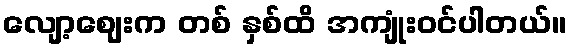
လျော့ဈေးက တစ် နှစ်ထိ အကျုံးဝင်ပါတယ်။